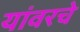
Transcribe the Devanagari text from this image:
यांवरचे